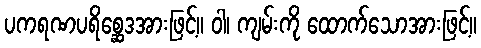
ပကရဏပရိစ္ဆေဒအားဖြင့်။ ဝါ၊ ကျမ်းကို ထောက်သောအားဖြင့်။